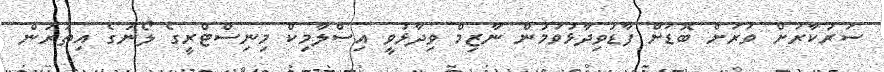
ސަރުކާރަށް ވަރަށް ބޮޑަށް ފާޑުވިދާޅުވަމުން ނާޒިމް ވިދާޅުވީ އިސްލާމިކް މިނިސްޓްރީގެ ލޯނުގެ އިތުރުން